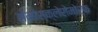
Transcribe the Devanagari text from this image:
होमोस्क्लेरोमोर्फ